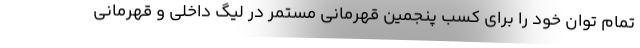
تمام توان خود را برای کسب پنجمین قهرمانی مستمر در لیگ داخلی و قهرمانی